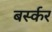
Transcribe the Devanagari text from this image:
बर्स्कर